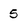
Character: 5